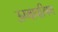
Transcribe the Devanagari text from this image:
ऊष्मापरिषण